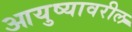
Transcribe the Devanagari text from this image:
आयुष्यावरील